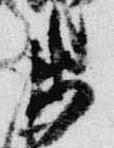
衛